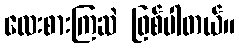
လေးစားကြဆဲ ဖြစ်ပါတယ်။